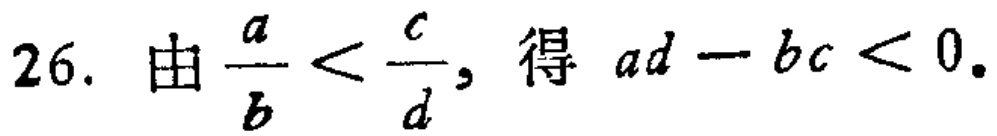
$26.\ 由\frac{a}{b}<\frac{c}{d},\ 得\ ad - bc < 0.$